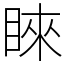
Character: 睞